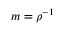
m = \rho ^ { - 1 }